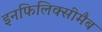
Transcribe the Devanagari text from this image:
इनफिलिक्सीमैब